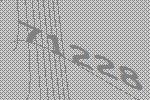
71228